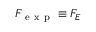
F _ { \mathrm { ~ e ~ x ~ p ~ } } \equiv F _ { E }